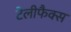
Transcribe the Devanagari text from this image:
टेलीफैक्स